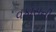
વકાસની